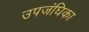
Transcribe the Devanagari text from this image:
उपजंघिका